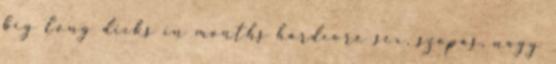
big long dicks in mouths hardcore sex, szopás, nagy